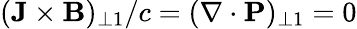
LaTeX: (\mathbf{J}\times\mathbf{B})_{\perp 1}/c=(\nabla\cdot\mathbf{P})_{\perp 1}=0